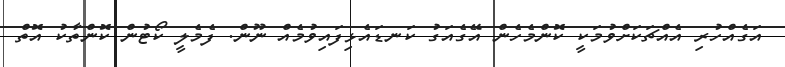
އަގެެއްހުރި އެއްޗަކަށްވުމަކީ ކޮންމެހެން އޭގެއަގު ކަނޑައެޅިފައިވުމެއް ނޫން. ފެމެލީ ކޯޓުން ކޮންތާކު އޮތް